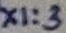
Text: X1:3